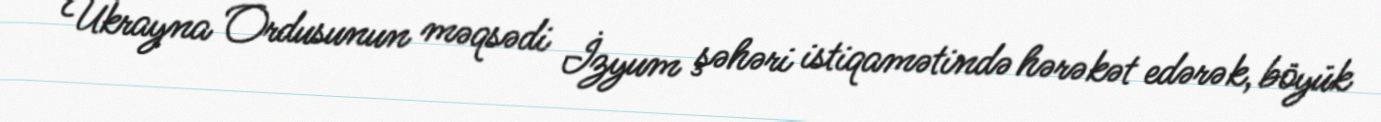
Ukrayna Ordusunun məqsədi İzyum şəhəri istiqamətində hərəkət edərək, böyük